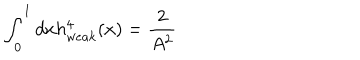
\int _ { 0 } ^ { 1 } d x h _ { w e a k } ^ { 4 } ( x ) = \frac { 2 } { A ^ { 2 } }